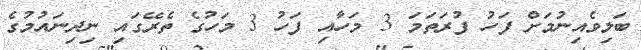
ބަލިވެއިނުމަށް ފަހު ފުރަތަމަ 3 މަހާއި ފަހު 3 މަހުގެ ތެރޭގައި ނިދިނައުމުގެ